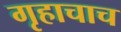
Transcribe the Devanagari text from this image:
गृहाचाच